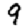
Digit: 9